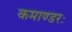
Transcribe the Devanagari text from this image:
कमाण्डरः